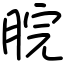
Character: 脘